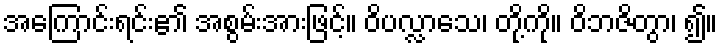
အကြောင်းရင်း၏ အစွမ်းအားဖြင့်။ ဝိပလ္လာသေ၊ တို့ကို။ ဝိဘဇိတွာ၊ ၍။